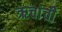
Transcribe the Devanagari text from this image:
ऋचांची